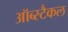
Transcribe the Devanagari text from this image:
ऑब्स्टैकल